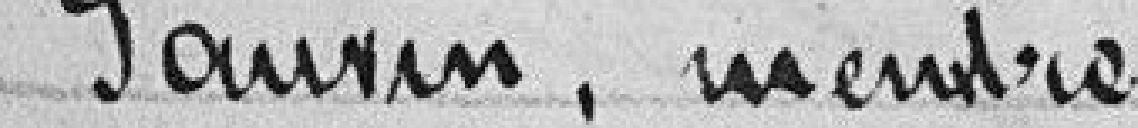
M. Gauvin, membre